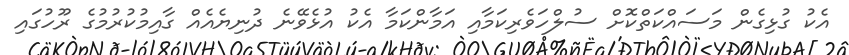
އެކު ގުޅިގެން މަސައްކަތްކޮށް ސުލްހަވެރިކަމާއި އަމާންކަމާ އެކު އުޅެވޭނެ ދުނިޔެއެއް ގާއިމުކުރުމުގެ ރޫހުގައި